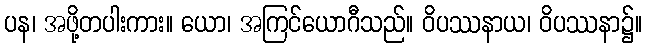
ပန၊ အဖို့တပါးကား။ ယော၊ အကြင်ယောဂီသည်။ ဝိပဿနာယ၊ ဝိပဿနာ၌။